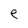
Character: e